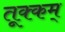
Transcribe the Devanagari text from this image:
तूक्कम्